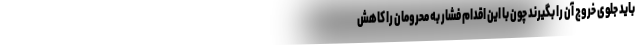
باید جلوی خروج آن را بگیرند چون با این اقدام فشار به محرومان را کاهش